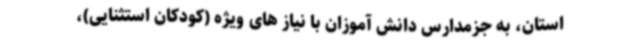
استان، به جزمدارس دانش آموزان با نیاز های ویژه (کودکان استثنایی)،